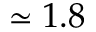
\simeq 1 . 8